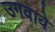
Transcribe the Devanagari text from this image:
उगवावे